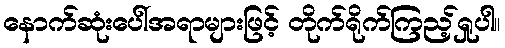
နောက်ဆုံးပေါ်အရာများဖြင့် တိုက်ရိုက်ကြည့်ရှုပါ။